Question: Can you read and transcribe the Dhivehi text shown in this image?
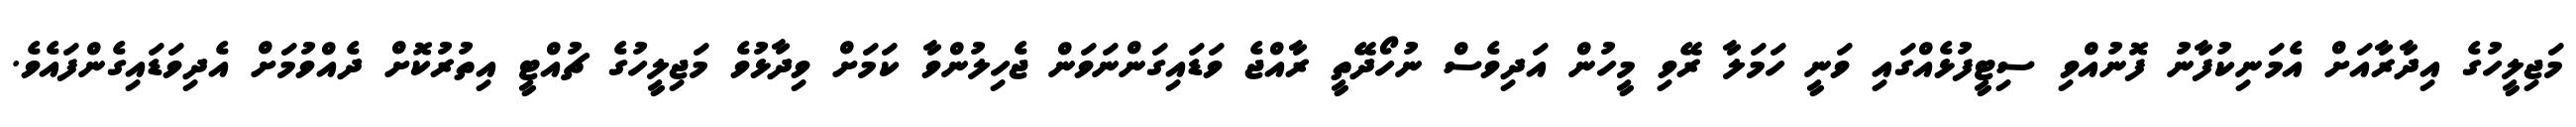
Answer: މަޖިލީހުގެ އިދާރާއަށް އެމަނިކުފާނު ފޮނުއްވި ސިޓީފުޅެއްގައި ވަނީ ހަމަލާ ރޭވި މީހުން އަދިވެސް ނުހޯދޭތީ ރާއްޖެ ވަޑައިގަންނަވަން ޖެހިލުންވާ ކަމަށް ވިދާޅުވެ މަޖިލީހުގެ ޗުއްޓީ އިތުރުކޮށް ދެއްވުމަށް އެދިވަޑައިގެންފައެވެ.